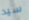
سيد